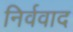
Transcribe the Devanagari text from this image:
निर्ववाद